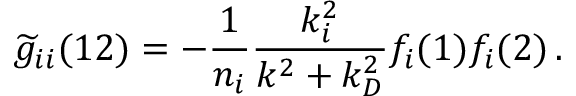
\widetilde { g } _ { i i } ( 1 2 ) = - \frac { 1 } { n _ { i } } \frac { k _ { i } ^ { 2 } } { k ^ { 2 } + k _ { D } ^ { 2 } } f _ { i } ( 1 ) f _ { i } ( 2 ) \, .